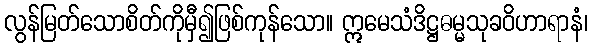
လွန်မြတ်သောစိတ်ကိုမှီ၍ဖြစ်ကုန်သော။ ဣမေသံဒိဋ္ဌဓမ္မသုခဝိဟာရာနံ၊